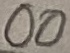
Text: 00